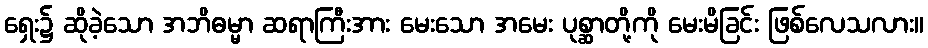
ရှေး၌ ဆိုခဲ့သော အဘိဓမ္မာ ဆရာကြီးအား မေးသော အမေး ပုစ္ဆာတို့ကို မေးမိခြင်း ဖြစ်လေသလား။